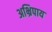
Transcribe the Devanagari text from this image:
अभ्रिपाय